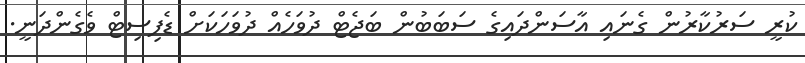
ކުރީ ސަރުކާރުން ގެނައި އާސަންދައިގެ ސަބަބުން ބަޖެޓް ދުވަހެއް ދުވަހަކަށް ޑެފިސިޓް ވެގެންދަނީ.